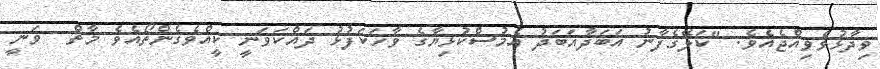
ވިދާޅުވެވިއްޖެއެވެ. "ކަލޭގެފާނު އަބަދާއަބަދު އެމުސްކުޅިޔާގެ ވާހަކަފުޅު ދައްކަވަނީ ކީއްވެގެންތޯއެވެ މާތް  ވަނީ